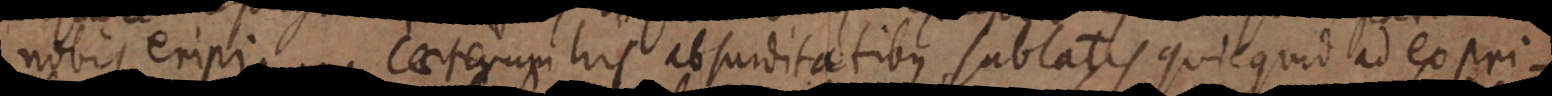
nobis eripi:..... Caeterum his absurditatibus sublatis quicquid ad expri